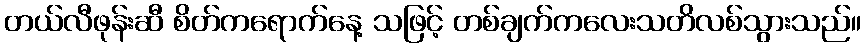
တယ်လီဖုန်းဆီ စိတ်ကရောက်နေ့ သဖြင့် တစ်ချက်ကလေးသတိလစ်သွားသည်။